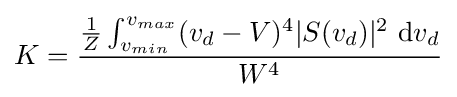
K={\frac {{\frac {1}{Z}}\int _{v_{min}}^{v_{max}}(v_{d}-V)^{4}|S(v_{d})|^{2}~\mathrm {d} v_{d}}{W^{4}}}